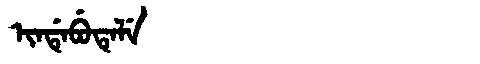
Manchu: ᡳᠨᡩᡝᠪᡠᡨᡝᠯᡝ
Romanization: INDEBUTELE